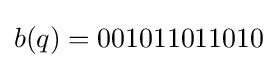
b(q)=001011011010